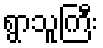
ရွာသူကြီး